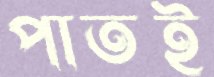
পাতই